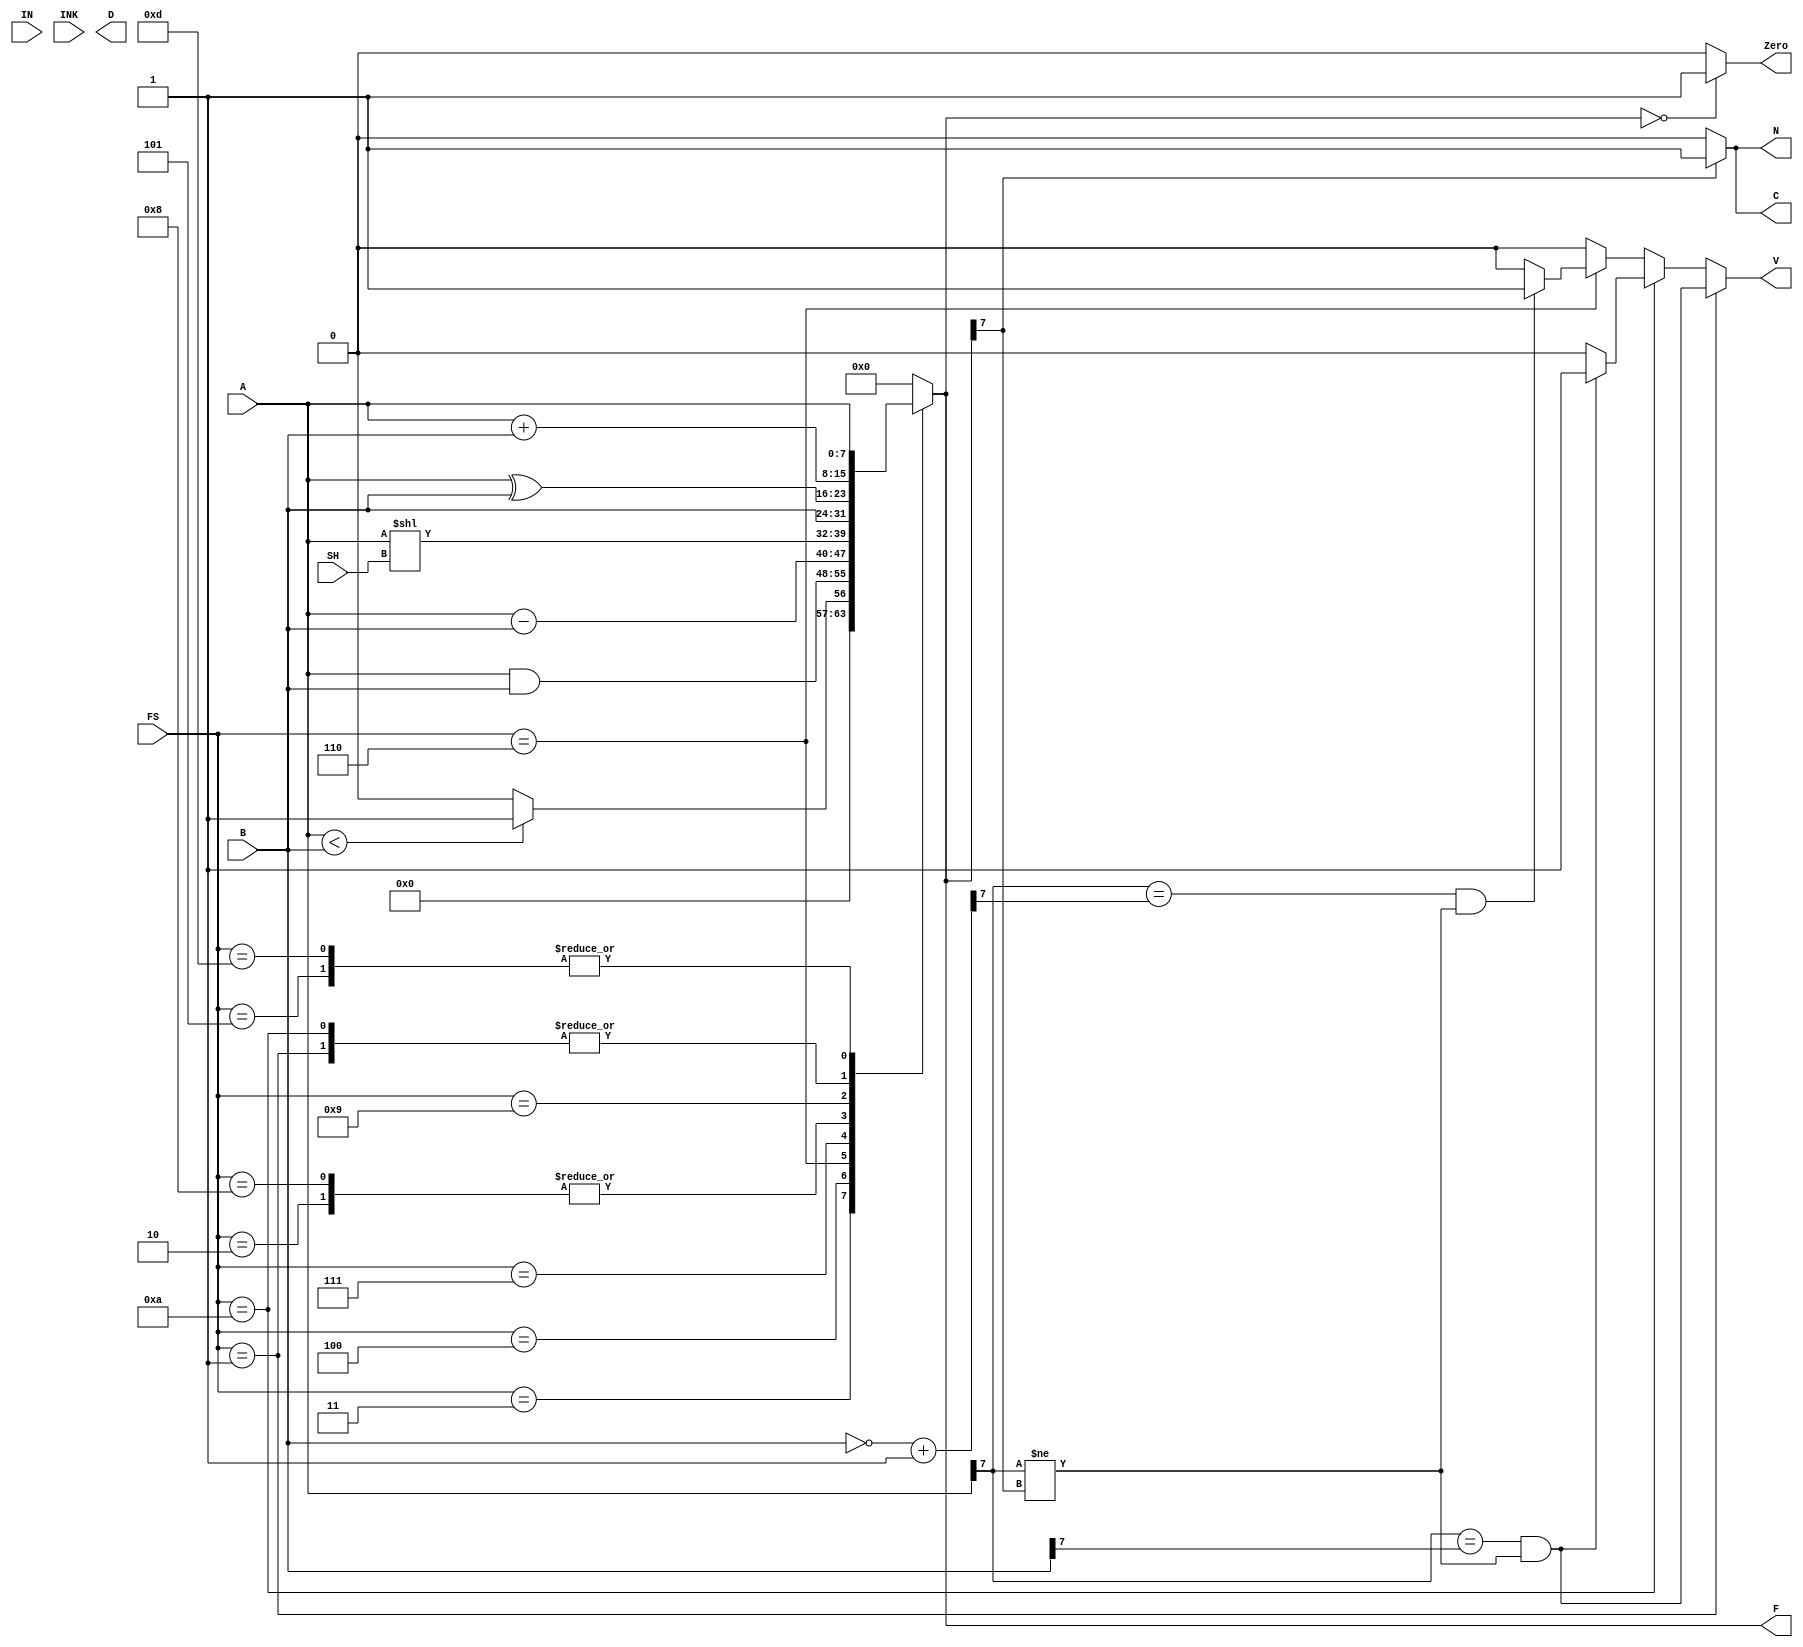
module ALU(
input [3:0]FS,
input [2:0]SH,
input [7:0]A,
input [7:0]B,
input [7:0]IN,
input [7:0]INK,output reg [7:0]F,
output reg N, //negative
output reg Zero, //zero
output reg C, //carry
output reg V, //V
output reg D);//data_branch
reg [7:0]overflowregister;
// function select
always @(*) begin
case (FS)
4'b0000: F = 8'b0; // No Operation
4'b0001: F = A + B; //ADD
4'b0010: F = B; // Output 2
4'b0011: F = (A<B)?8'b1:8'b0; // Set if Less Than
4'b0100: F = A & B; // AND
4'b0101: F = A; // Load
4'b0110: F = A - B; // Subtract Immediate Unsigned
4'b0111: F = A << SH; // Logical Shift Left;
4'b1000: F = B; // Input
4'b1001: F = A ^ B; // Exclusive-OR Immediate
4'b1010: F = A + B; // Add Immediate
// 4'b1011: F = //branch zero
// 4'b1100: F = //branch non zero
4'b1101: F = A;//store
//4'b1110: F = (FS == 4'b0001) ? A : B;//Move
// 4'b1111: F = //Jump
default: F = 8'b0;
endcase if(F == 4'b0) Zero=1'b1;
else Zero=1'b0; //set Z flagif F is 0
if(F[7] == 1'b1) N=1'b1;
else N=1'b0; //set N status terminal based on MSB
if(F[7] == 1'b1) C=1'b1;
else C=1'b0; //set C if add/sub gives carry
if (FS == 4'b0001) V = ( (A[7] == B[7]) && (A[7] != F[7]));
else if (FS == 4'b1010) V = ( (A[7] == B[7]) && (A[7] != F[7])) ? 1'b1 : 1'b0;
else if(FS == 4'b0110) begin
overflowregister = ~B+8'b1;
V = ( (A[7] == overflowregister[7]) && (A[7] != F[7])) ? 1'b1 : 1'b0;
end
else V=0;
end
endmodule